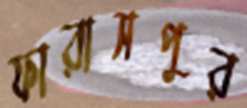
ফারাসপুর